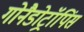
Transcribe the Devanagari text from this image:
गोनैडोट्रॉपिंस